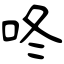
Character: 咚